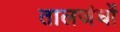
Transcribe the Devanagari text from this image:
तालजंघों